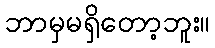
ဘာမှမရှိတော့ဘူး။